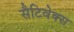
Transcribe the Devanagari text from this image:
सैटिवेक्स